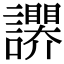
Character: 𧭬